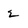
Character: 2